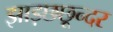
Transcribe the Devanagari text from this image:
झाड़छछून्दर